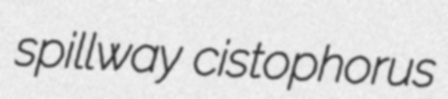
spillway cistophorus